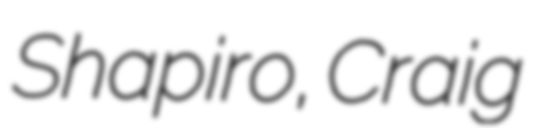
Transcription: Shapiro, Craig